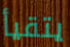
يتقيأ